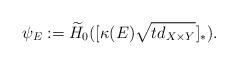
LaTeX: \begin{align*}\psi_E:=\widetilde{H}_0([\kappa(E)\sqrt{td_{X\times Y}}]_*).\end{align*}